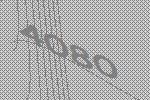
4080